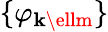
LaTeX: \{ \varphi_{\mathbf{k}\ellm}\}